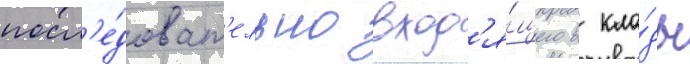
посл'е́доват'ельно вход'я́щего в кла́ды